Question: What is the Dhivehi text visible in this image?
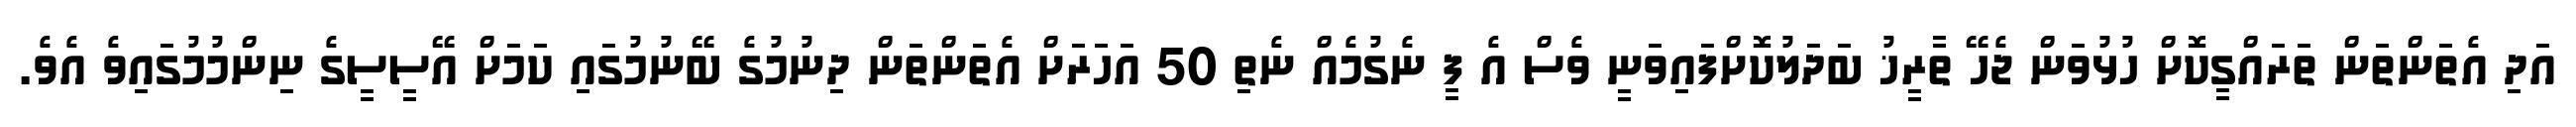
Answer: އަދި އެތަންތަން ތަރައްގީކޮށް ހުޅުވަން ޖެހޭ ތާރީޚު ބަދަލުކޮށްފައިވަނީ ވެސް އެ ފީ ނެގުމެއް ނެތި 50 އަހަރަށް އެތަންތަން ދިނުމުގެ ބޭނުމުގައި ކަމަށް އޭސީސީގެ ނިންމުމުގައިވެ އެވެ.